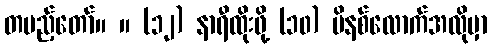
တပည့်တော်။ ။ (၁၂) နာရီထိုးဖို့ (၁၀) မိနစ်လောက်အလိုမှာ